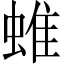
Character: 蜼